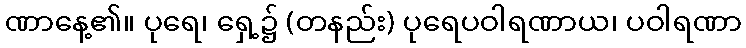
ဏာနေ့၏။ ပုရေ၊ ရှေ့၌ (တနည်း) ပုရေပဝါရဏာယ၊ ပဝါရဏာ